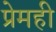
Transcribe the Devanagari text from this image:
प्रेमही